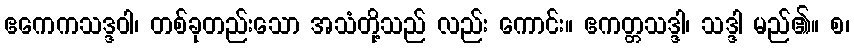
ဧကေကသဒ္ဒဝါ၊ တစ်ခုတည်းသော အသံတို့သည် လည်း ကောင်း။ ဧကတ္တသဒ္ဒါ၊ သဒ္ဒါ မည်၏။ စ၊